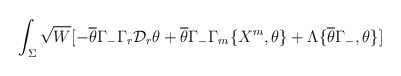
\begin{align*}\int_{\Sigma} \sqrt{W} [- \overline{\theta}\Gamma_{-} \Gamma_{r}\mathcal{D}_{r}\theta + \overline{\theta}\Gamma_{-} \Gamma_{m}\{X^{m},\theta\} + \Lambda \{ \overline{\theta}\Gamma_{-},\theta\}]\end{align*}